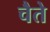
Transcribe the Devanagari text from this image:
चैते